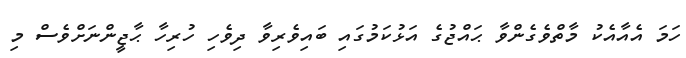
ހަމަ އެއާއެކު މާތްވެގެންވާ ޙައްޖުގެ އަޅުކަމުގައި ބައިވެރިވާ ދިވެހި ހުރިހާ ޙާޖީންނަށްވެސް މި